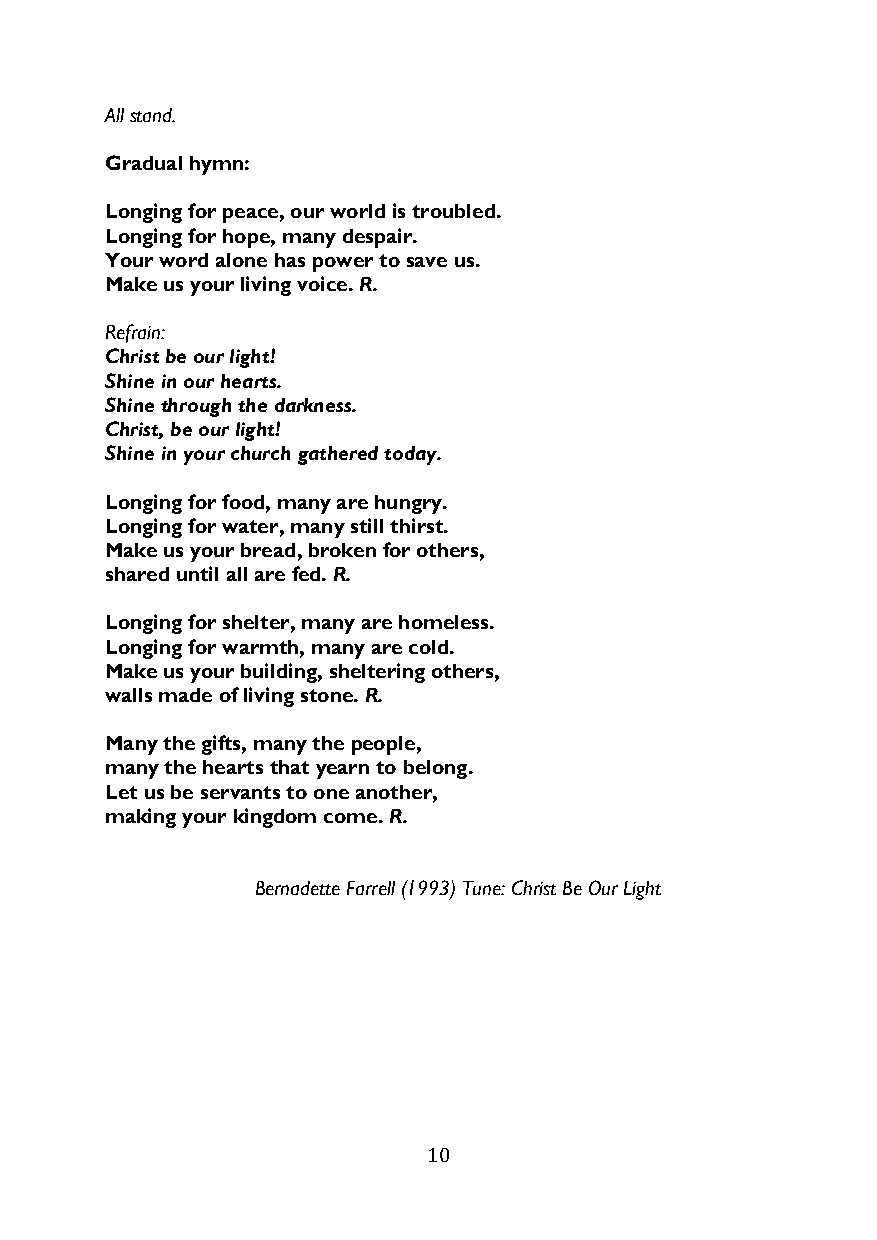
All stand.
 Gradual hymn:
 Longing for peace, our world is troubled.
 Longing for hope, many despair.
 Your word alone has power to save us.
 Make us your living voice. R.
 Refrain:
 Christ be our light!
 Shine in our hearts.
 Shine through the darkness.
 Christ, be our light!
 Shine in your church gathered today.
 Longing for food, many are hungry.
 Longing for water, many still thirst.
 Make us your bread, broken for others,
 shared until all are fed. R.
 Longing for shelter, many are homeless.
 Longing for warmth, many are cold.
 Make us your building, sheltering others,
 walls made of living stone. R.
 Many the gifts, many the people,
 many the hearts that yearn to belong.
 Let us be servants to one another,
 making your kingdom come. R.
 Bernadette Farrell (1993) Tune: Christ Be Our Light
 10